Physiological action of certain drugs in tablet form - Number 52A
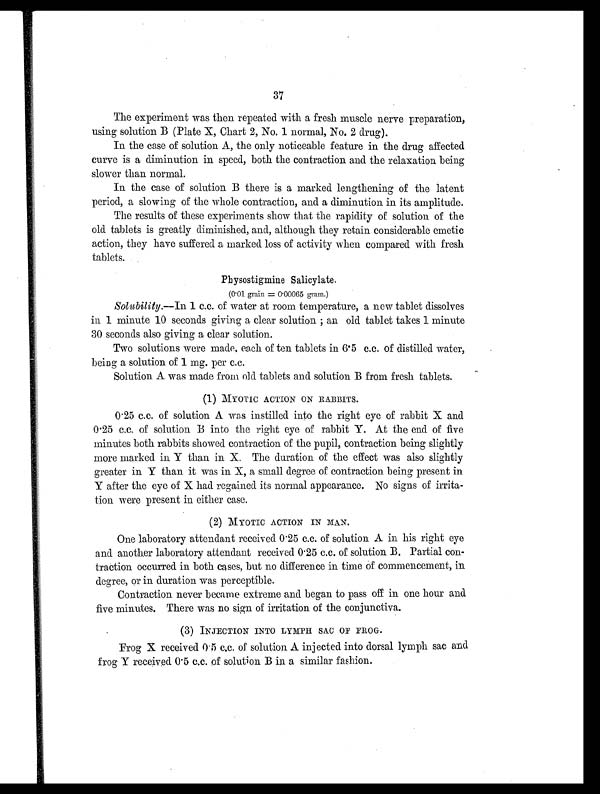
37
The experiment was then repeated with a fresh muscle nerve preparation,
using solution B (Plate X, Chart 2, No. 1 normal, No. 2 drug).
In the case of solution A, the only noticeable feature in the drug affected
curve is a diminution in speed, both the contraction and the relaxation being
slower than normal.
In the case of solution B there is a marked lengthening of the latent
period, a slowing of the whole contraction, and a diminution in its amplitude.
The results of these experiments show that the rapidity of solution of the
old tablets is greatly diminished, and, although they retain considerable emetic
action, they have suffered a marked loss of activity when compared with fresh
tablets.
Physostigmine Salicylate.
(0.01 grain = 0.00065 gram.)
Solubility .—In 1 c.c. of water at room temperature, a new tablet dissolves
in 1 minute 10 seconds giving a clear solution; an old tablet takes 1 minute
30 seconds also giving a clear solution.
Two solutions Were made, each of ten tablets in 6.5 c.c. of distilled water,
being a solution of 1 mg. per c.c.
Solution A was made from old tablets and solution B from fresh tablets.
(1) MYOTIC ACTION ON RABBITS.
0.25 c.c. of solution A was instilled into the right eye of rabbit X and
0 . 2 5 c . c . o f s o l u t i o n B i n t o t h e r i g h t e y e o f r a b b i t Y . A t t h e e n d o f f i v e
minutes both rabbits showed contraction of the pupil, contraction being slightly
more marked in Y than in X. The duration of the effect was also slightly
greater in Y than it was in X, a small degree of contraction being present in
Y after the eye of X had regained its normal appearance. No signs of irrita
- t i o n w e r e p r e s e n t i n e i t h e r c a s e .
(2) MYOTIC ACTION IN MAN.
One laboratory attendant received 0.25 c.c. of solution A in his right eye
and another laboratory attendant received 0.25 c.c. of solution B. Partial con
- t r a c t i o n o c c u r r e d i n b o t h c a s e s , b u t n o d i f f e r e n c e i n t i m e o f c o m m e n c e m e n t , i n
degree, or in duration was perceptible.
Contraction never became extreme and began to pass off in one hour and
five minutes. There was no sign of irritation of the conjunctiva.
(3) INJECTION INTO LYMPH SAC OF FROG.
Frog X received 0.5 c.c. of solution A injected into dorsal lymph sac and
frog Y received 0.5 c.c. of solution B in a similar fashion.